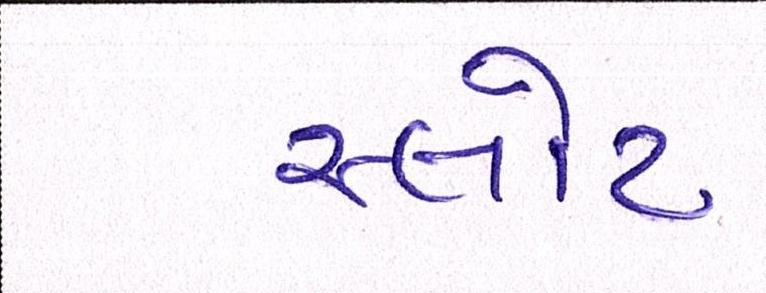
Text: સ્લોટ